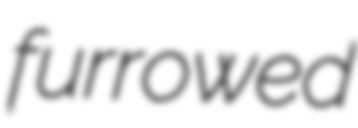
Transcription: furrowed